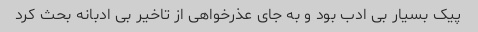
پیک بسیار بی ادب بود و به جای عذرخواهی از تاخیر بی ادبانه بحث کرد